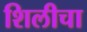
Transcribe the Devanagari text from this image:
शिलीचा